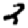
Digit: 2